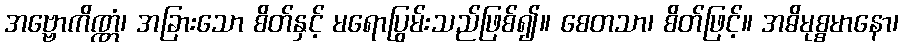
အဗ္ဗောကိဏ္ဏံ၊ အခြားသော စိတ်နှင့် မရောပြွမ်းသည်ဖြစ်၍။ စေတသာ၊ စိတ်ဖြင့်။ အဓိမုစ္စမာနော၊